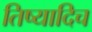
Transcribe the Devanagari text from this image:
तिष्यादिच